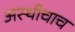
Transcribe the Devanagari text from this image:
अस्थीचाच